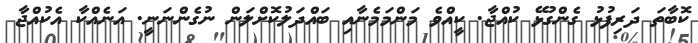
ކޮބާތަ ދަރިފުޅު ގެންގުޅޭ ކުއްޖާ. ކީއްވެ މަންމަމެނާއި ބައްދަލުކޮށްލަން ނުގެންނަނީ. އަނެއްކާ އެކުއްޖާ